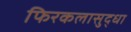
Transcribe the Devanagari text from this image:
फिरकलासुद्धा